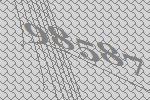
98587